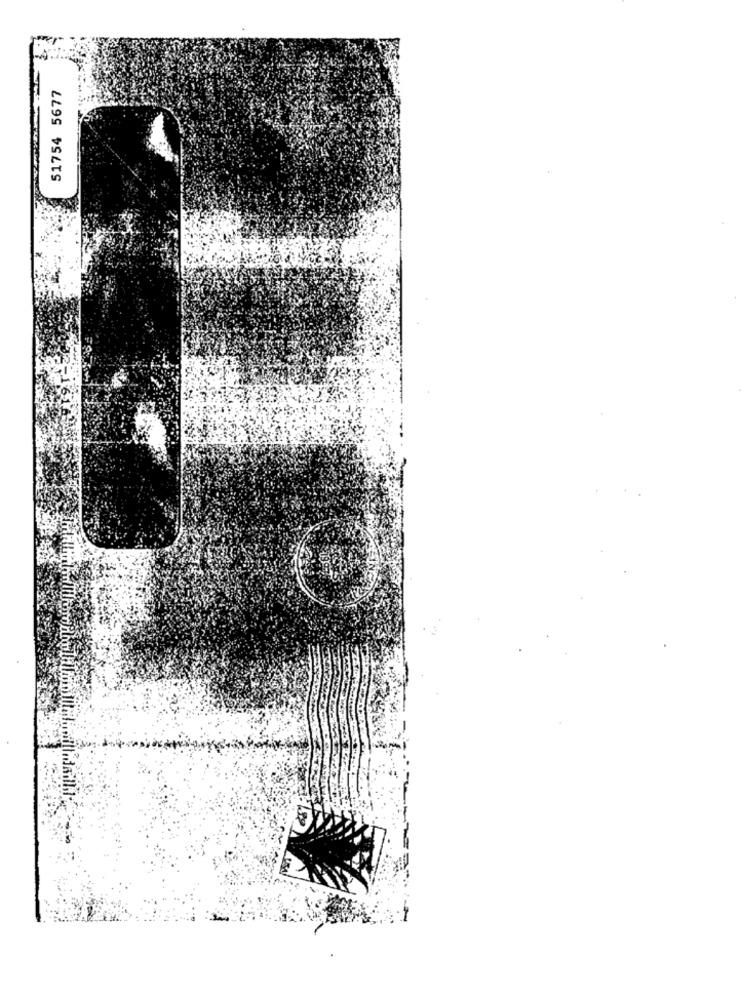
51754 5677